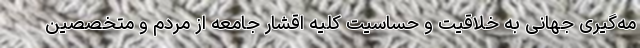
مه‌گیری جهانی به خلاقیت و حساسیت کلیه اقشار جامعه از مردم و متخصصین